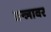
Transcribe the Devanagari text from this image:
तन्जावर